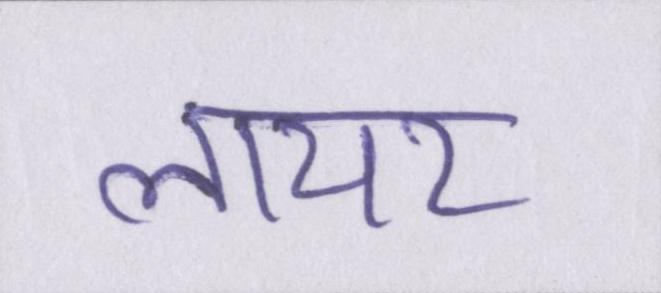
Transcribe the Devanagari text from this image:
लायर